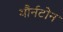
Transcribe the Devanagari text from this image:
थौर्नटोन